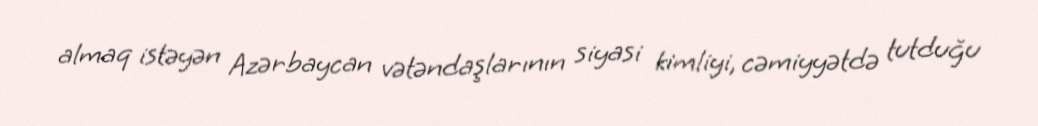
almaq istəyən Azərbaycan vətəndaşlarının siyasi kimliyi, cəmiyyətdə tutduğu